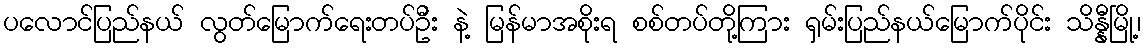
ပလောင်ပြည်နယ် လွတ်မြောက်ရေးတပ်ဦး နဲ့ မြန်မာအစိုးရ စစ်တပ်တို့ကြား ရှမ်းပြည်နယ်မြောက်ပိုင်း သိန္နီမြို့၊